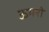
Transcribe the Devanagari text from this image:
ऊमरी